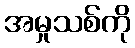
အမှုသစ်ကို